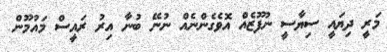
މަރީ ދިޔައީ ސިޔާސީ ނުފޫޒެއް އޮވެގެންނެއް ނުނޭ ބުނާ އިރު ރައީސް މައުމޫން